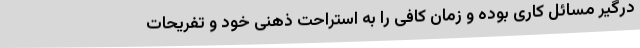
درگیر مسائل کاری بوده و زمان کافی را به استراحت ذهنی خود و تفریحات